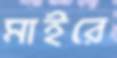
মাইরে